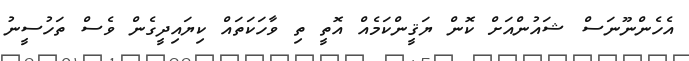
އެހެންނޫނަސް ޝައުންއަށް ކޮން ޔަޤީންކަމެއް އޮތީ ތި ވާހަކަތައް ކިޔައިދީގެން ވެސް ތަހުސީނު